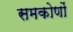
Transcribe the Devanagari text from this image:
समकोणों